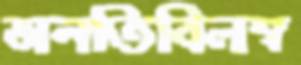
অনতিবিলম্ব